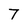
Character: 7